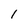
Character: I